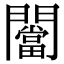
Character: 闣